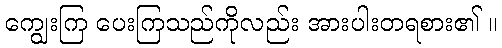
ကျွေးကြ ပေးကြသည်ကိုလည်း အားပါးတရစား၏ ။